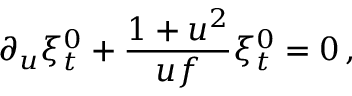
\partial _ { u } \xi _ { t } ^ { 0 } + { \frac { 1 + u ^ { 2 } } { u f } } \xi _ { t } ^ { 0 } = 0 \, ,